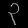
Digit: ၃